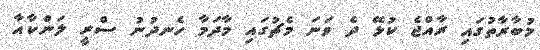
މުބާރާތުގައި ރާއްޖެ ކުޅޭ ދެ ވަނަ މެޗުގައި މާދަމާ ހެނދުނު ސްރީ ލަންކާއާ